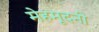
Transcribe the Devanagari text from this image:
मेहमूदनी